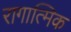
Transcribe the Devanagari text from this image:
रागात्मिक